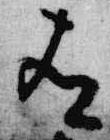
有